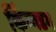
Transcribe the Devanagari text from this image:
किंग्गडम